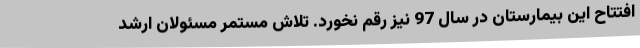
افتتاح این بیمارستان در سال 97 نیز رقم نخورد. تلاش مستمر مسئولان ارشد